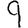
Digit: 9